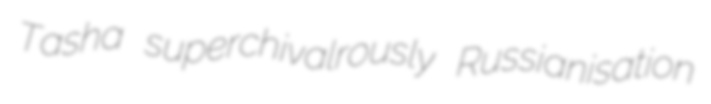
Tasha superchivalrously Russianisation